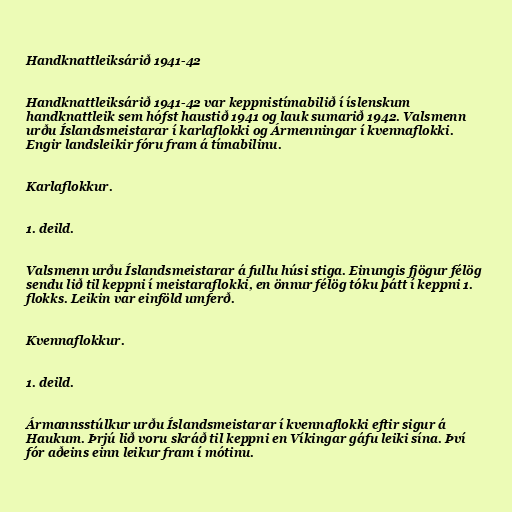
Handknattleiksárið 1941-42

Handknattleiksárið 1941-42 var keppnistímabilið í íslenskum
handknattleik sem hófst haustið 1941 og lauk sumarið 1942. Valsmenn
urðu Íslandsmeistarar í karlaflokki og Ármenningar í kvennaflokki.
Engir landsleikir fóru fram á tímabilinu.

Karlaflokkur.

1. deild.

Valsmenn urðu Íslandsmeistarar á fullu húsi stiga. Einungis fjögur félög
sendu lið til keppni í meistaraflokki, en önnur félög tóku þátt í keppni 1.
flokks. Leikin var einföld umferð.

Kvennaflokkur.

1. deild.

Ármannsstúlkur urðu Íslandsmeistarar í kvennaflokki eftir sigur á
Haukum. Þrjú lið voru skráð til keppni en Víkingar gáfu leiki sína. Því
fór aðeins einn leikur fram í mótinu.